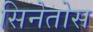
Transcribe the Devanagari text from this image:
सिनेतोस